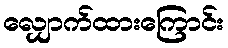
လျှောက်ထားကြောင်း